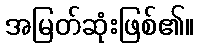
အမြတ်ဆုံးဖြစ်၏။